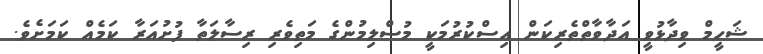
ޝަހީމް ވިދާޅުވީ އަދާވާތްތެރިކަން އިސްކުރުމަކީ މުސްލިމުންގެ މަތިވެރި ރިސާލަތާ ފުށުއަރާ ކަމެއް ކަމަށެވެ.